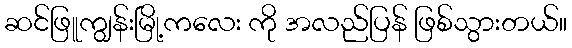
ဆင်ဖြူကျွန်းမြို့ကလေး ကို အလည်ပြန် ဖြစ်သွားတယ်။